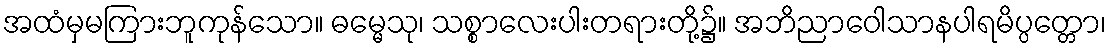
အထံမှမကြားဘူကုန်သော။ ဓမ္မေသု၊ သစ္စာလေးပါးတရားတို့၌။ အဘိညာဝေါသာနပါရမိပ္ပတ္တော၊